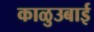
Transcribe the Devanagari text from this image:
काळुउबाई